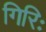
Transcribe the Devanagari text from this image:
गिरिः